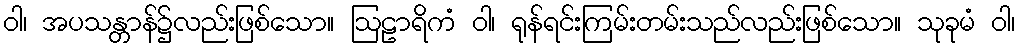
ဝါ၊ အပသန္တာန်၌လည်းဖြစ်သော။ ဩဠာရိကံ ဝါ၊ ရုန်ရင်းကြမ်းတမ်းသည်လည်းဖြစ်သော။ သုခုမံ ဝါ၊